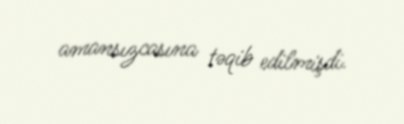
amansızcasına təqib edilmişdi.